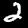
Label: 2